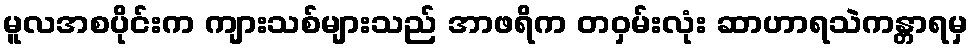
မူလအစပိုင်းက ကျားသစ်များသည် အာဖရိက တဝှမ်းလုံး ဆာဟာရသဲကန္တာရမှ